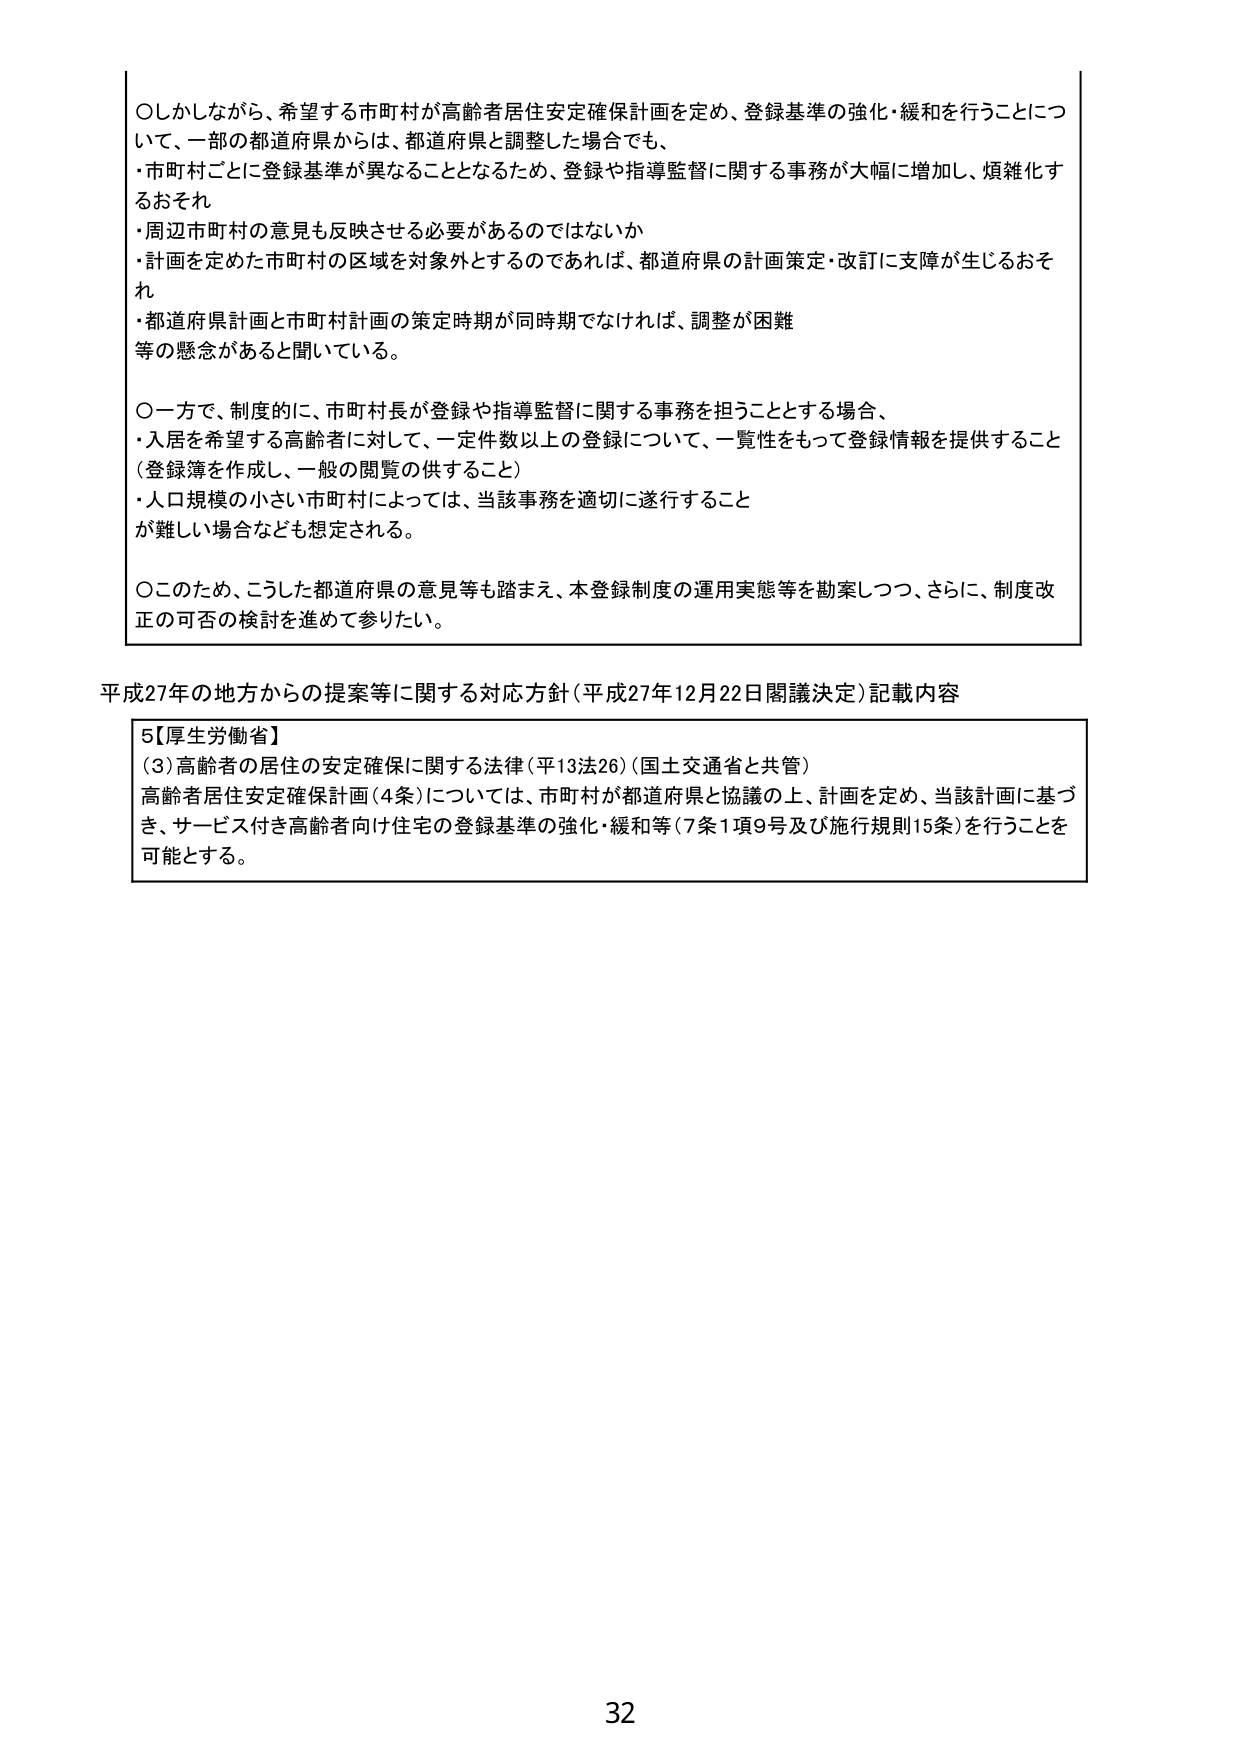
○しかしながら、希望する市町村が高齢者居住安定確保計画を定め、登録基準の強化・緩和を行うことについて、一部の都道府県からは、都道府県と調整した場合でも、
・市町村ごとに登録基準が異なることとなるため、登録や指導監督に関する事務が大幅に増加し、煩雑化するおそれ
・周辺市町村の意見も反映させる必要があるのではないか
・計画を定めた市町村の区域を対象外とするのであれば、都道府県の計画策定・改訂に支障が生じるおそれ
・都道府県計画と市町村計画の策定時期が同時期でなければ、調整が困難
等の懸念があると聞いている。

○一方で、制度的に、市町村長が登録や指導監督に関する事務を担うこととする場合、
・入居を希望する高齢者に対して、一定件数以上の登録について、一覧性をもって登録情報を提供すること（登録簿を作成し、一般の閲覧の供すること）
・人口規模の小さい市町村によっては、当該事務を適切に遂行することが難しい場合なども想定される。

○このため、こうした都道府県の意見等も踏まえ、本登録制度の運用実態等を勘案しつつ、さらに、制度改正の可否の検討を進めて参りたい。

平成27年の地方からの提案等に関する対応方針（平成27年12月22日閣議決定）記載内容

5【厚生労働省】
（3）高齢者の居住の安定確保に関する法律（平13法26）（国土交通省と共管）
高齢者居住安定確保計画（4条）については、市町村が都道府県と協議の上、計画を定め、当該計画に基づき、サービス付き高齢者向け住宅の登録基準の強化・緩和等（7条1項9号及び施行規則15条）を行うことを可能とする。

32